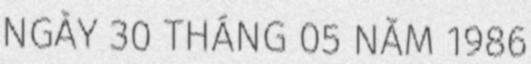
NGÀY 30 THÁNG 05 NĂM 1986